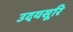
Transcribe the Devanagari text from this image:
उदयसूरि